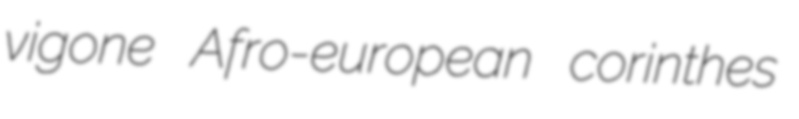
vigone Afro-european corinthes